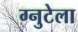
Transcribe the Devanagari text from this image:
ग्नुटेला